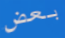
بعض